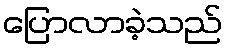
ပြောလာခဲ့သည်